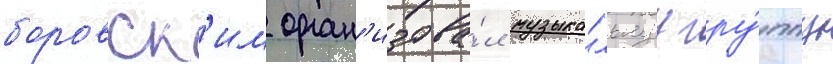
боровск'им орган'изова́л музыка́льнуу гру́ппу